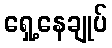
ရှေ့နေချုပ်